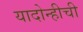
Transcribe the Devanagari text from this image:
यादोन्हीची